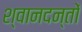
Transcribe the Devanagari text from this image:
श्वानदन्तों